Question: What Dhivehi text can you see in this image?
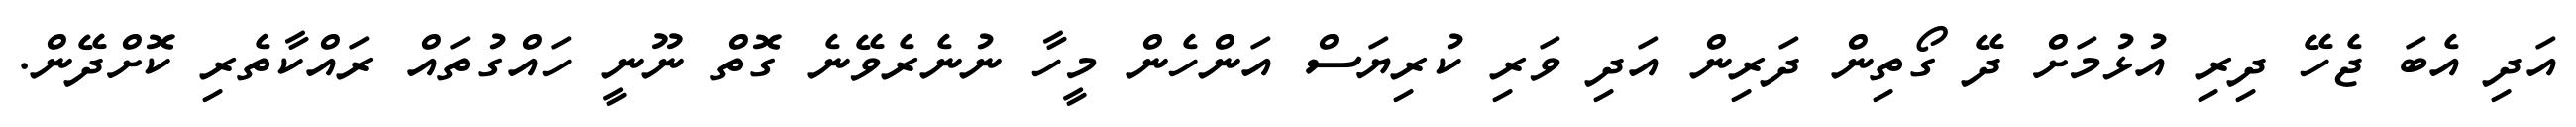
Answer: އަދި އެބަ ޖެހޭ ދިރި އުޅުމަށް ދޭ ގޯތިން ދަރިން އަދި ވަރި ކުރިޔަސް އަންހެން މީހާ ނުނެރެވޭނެ ގޮތް ނޫނީ ހައްގުތައް ރައްކާތެރި ކޮށްދޭން.